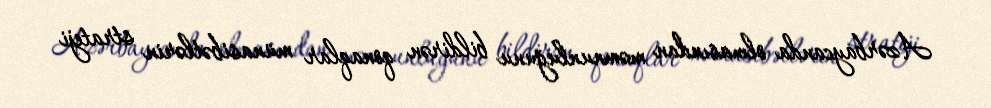
Azərbaycanda olmasından məmnunluğunu bildirən qonaqlar münasibətlərin strateji